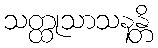
သတ္ထုသာသနန္တိ